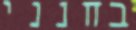
בחנני